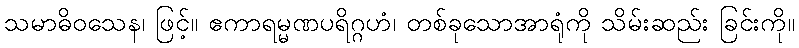
သမာဓိဝသေန၊ ဖြင့်။ ဧကာရမ္မဏပရိဂ္ဂဟံ၊ တစ်ခုသောအာရုံကို သိမ်းဆည်း ခြင်းကို။